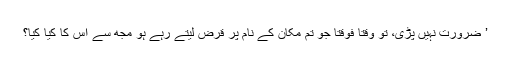
’ ضرورت نہیں پڑی، تو وقتاً فوقتاً جو تم مکان کے نام پر قرض لیتے رہے ہو مجھ سے اس کا کیا کیا؟